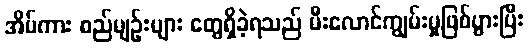
အိမ်ကား စည်မျဉ်းများ တွေရှိခဲ့ရသည် မီးလောင်ကျွမ်းမှုဖြစ်ပွားပြီး